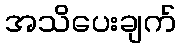
အသိပေးချက်